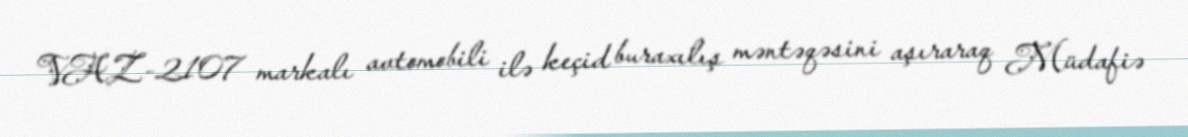
VAZ-2107 markalı avtomobili ilə keçid buraxılış məntəqəsini aşıraraq Müdafiə